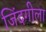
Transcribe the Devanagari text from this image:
जिंदगीला